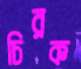
চিরক